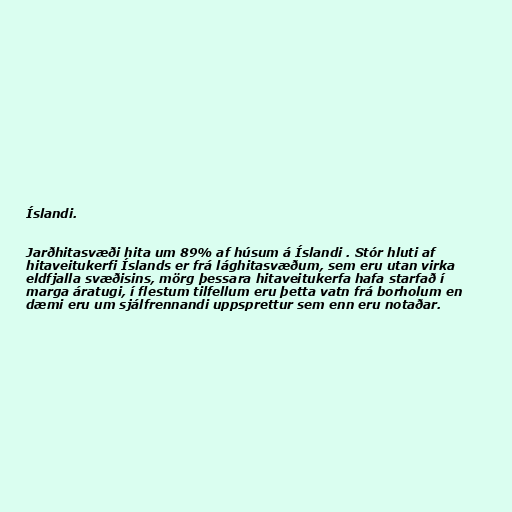
Íslandi.

Jarðhitasvæði hita um 89% af húsum á Íslandi . Stór hluti af
hitaveitukerfi Íslands er frá lághitasvæðum, sem eru utan virka
eldfjalla svæðisins, mörg þessara hitaveitukerfa hafa starfað í
marga áratugi, í flestum tilfellum eru þetta vatn frá borholum en
dæmi eru um sjálfrennandi uppsprettur sem enn eru notaðar.